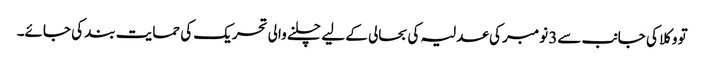
تو وکلا کی جانب سے3 نومبر کی عدلیہ کی بحالی کے لیے چلنے والی تحریک کی حمایت بند کی جائے۔